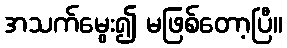
အသက်မွေး၍ မဖြစ်တော့ပြီ။